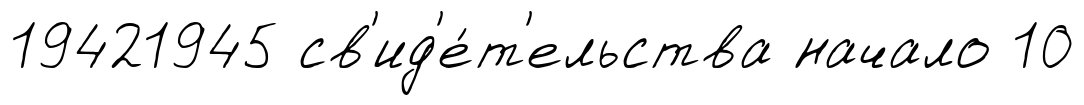
19421945 св'ид'е́т'ельства начало 10